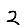
Digit: 2